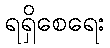
ရရှိစေရေး